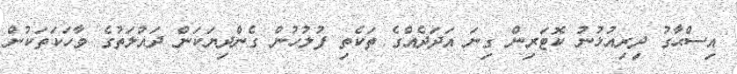
އިސްޙާގު ދިރިއުޅުނު ކޮޓަރިން ގިނަ އަދަދެއްގެ ތަކެތި ފުލުހުން ގެންދިޔަކަން ދައުލަތުގެ ވާހަކަތަކުން